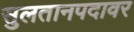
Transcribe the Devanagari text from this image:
सुलतानपदावर